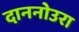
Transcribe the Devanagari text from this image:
दाननोउरा